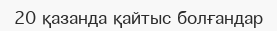
20 қазанда қайтыс болғандар